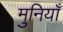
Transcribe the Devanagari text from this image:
मुनियाँ